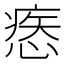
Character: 𢞱